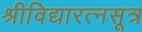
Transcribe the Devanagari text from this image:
श्रीविद्यारत्नसूत्र